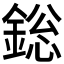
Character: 𨨟